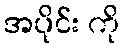
အပိုင်း ကို